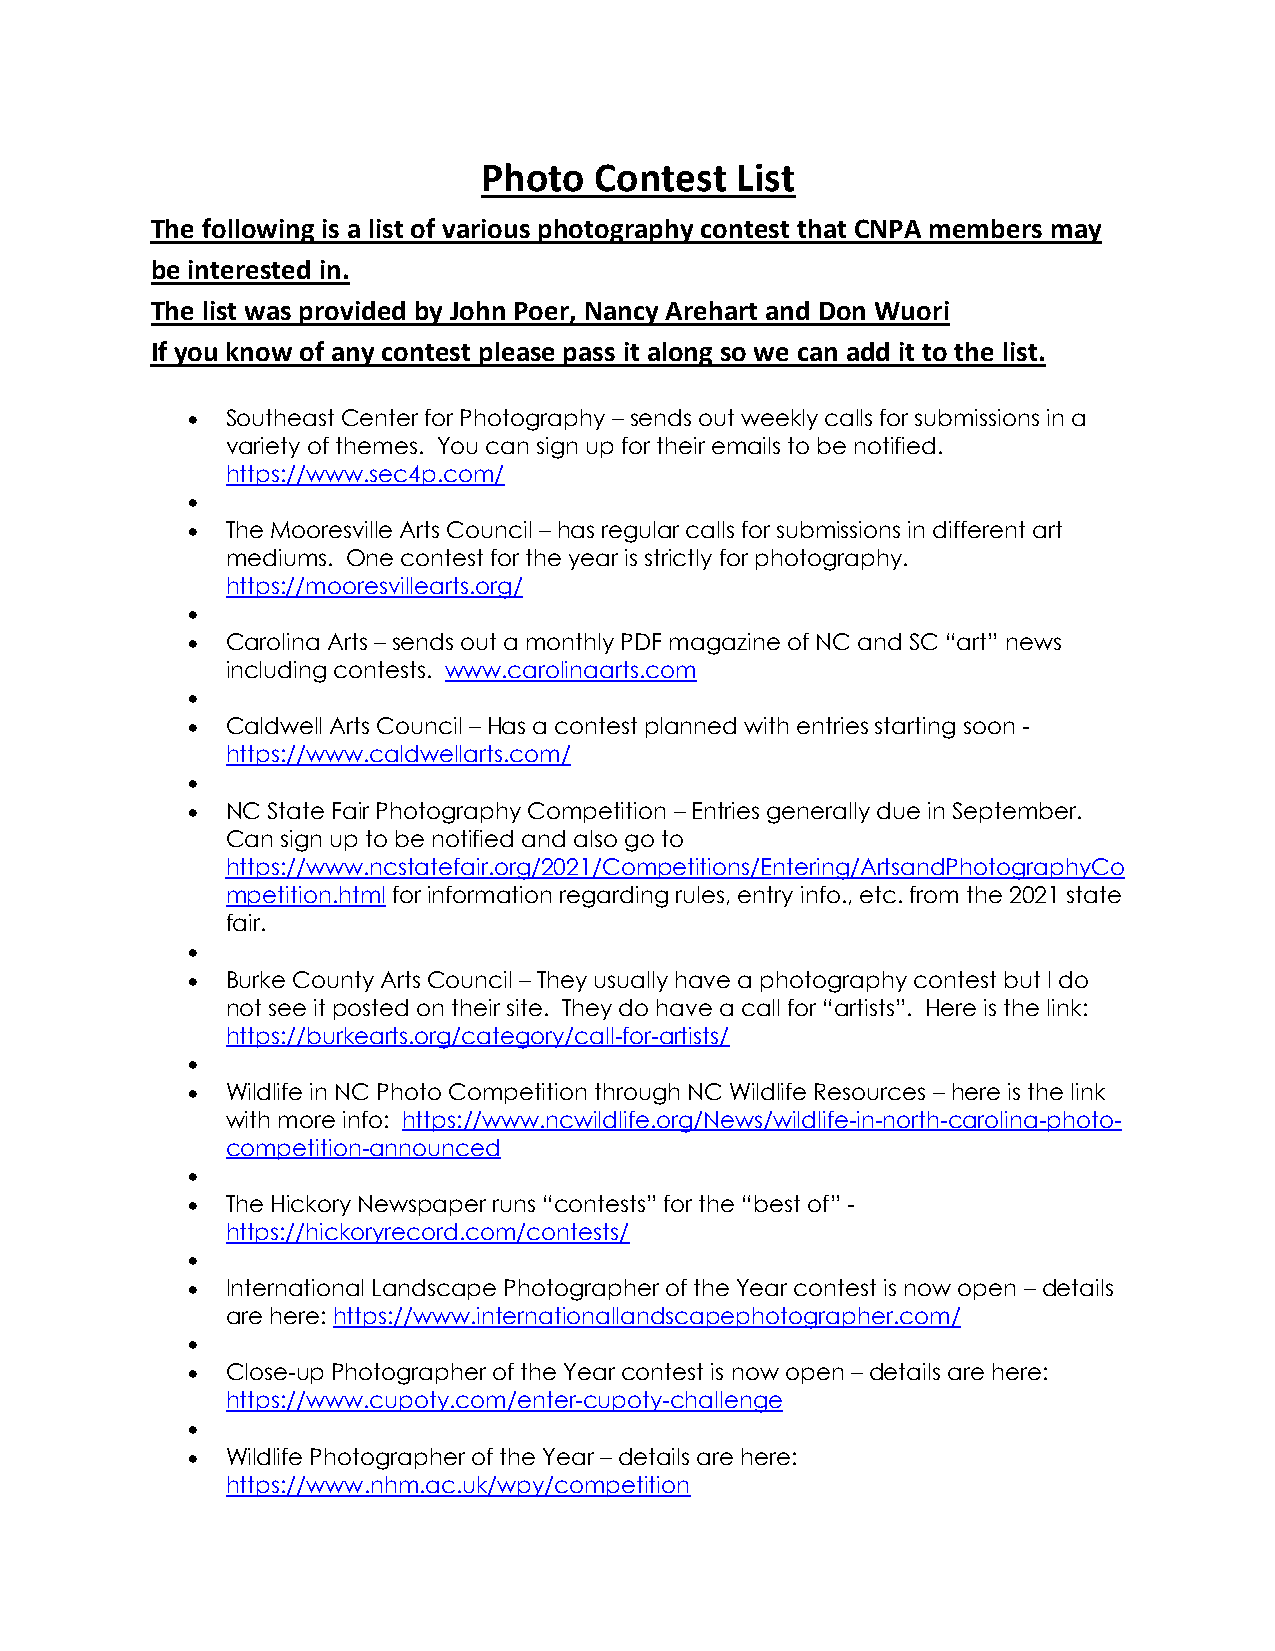
Photo  Contest   List
 The following is a list of various photography contest that CNPA members may
 be interested in.
 The list was provided by John Poer, Nancy Arehart and Don Wuori
 If you know of any contest please pass it along so we can add it to the list.
 •  Southeast Center for Photography – sends out weekly calls for submissions in a
 variety of themes. You can sign up for their emails to be notified.
 https://www.sec4p.com/
 •
 •  The Mooresville Arts Council – has regular calls for submissions in different art
 mediums. One contest for the year is strictly for photography.
 https://mooresvillearts.org/
 •
 •  Carolina Arts – sends out a monthly PDF magazine of NC and SC “art” news
 including contests. www.carolinaarts.com
 •
 •  Caldwell Arts Council – Has a contest planned with entries starting soon -
 https://www.caldwellarts.com/
 •
 •  NC State Fair Photography Competition – Entries generally due in September.
 Can sign up to be notified and also go to
 https://www.ncstatefair.org/2021/Competitions/Entering/ArtsandPhotographyCo
 mpetition.html for information regarding rules, entry info., etc. from the 2021 state
 fair.
 •
 •  Burke County Arts Council – They usually have a photography contest but I do
 not see it posted on their site. They do have a call for “artists”. Here is the link:
 https://burkearts.org/category/call-for-artists/
 •
 •  Wildlife in NC Photo Competition through NC Wildlife Resources – here is the link
 with more info: https://www.ncwildlife.org/News/wildlife-in-north-carolina-photo-
 competition-announced
 •
 •  The Hickory Newspaper runs “contests” for the “best of” -
 https://hickoryrecord.com/contests/
 •
 •  International Landscape Photographer of the Year contest is now open – details
 are here: https://www.internationallandscapephotographer.com/
 •
 •  Close-up Photographer of the Year contest is now open – details are here:
 https://www.cupoty.com/enter-cupoty-challenge
 •
 •  Wildlife Photographer of the Year – details are here:
 https://www.nhm.ac.uk/wpy/competition